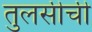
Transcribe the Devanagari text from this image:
तुलसीची